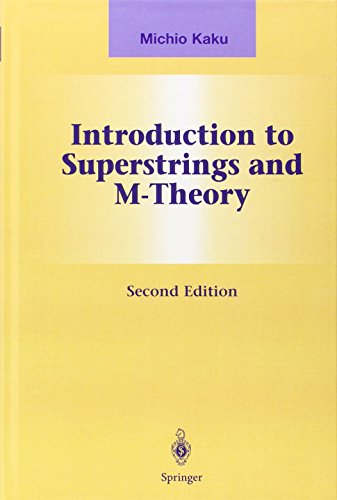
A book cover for Introduction to Superstrings and M-Theory (Graduate Texts in Contemporary Physics); Michio Kaku; Science & Math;